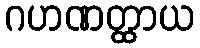
ဂဟဏတ္ထာယ